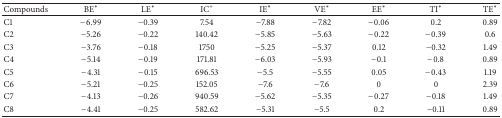
<table><thead><tr><td><b>Compounds</b></td><td><b>BE∗</b></td><td><b>LE∗</b></td><td><b>IC<sup>+</sup></b></td><td><b>IE∗</b></td><td><b>VE∗</b></td><td><b>EE∗</b></td><td><b>TI∗</b></td><td><b>TE∗</b></td></tr></thead><tbody><tr><td>C1</td><td>−6.99</td><td>−0.39</td><td>7.54</td><td>−7.88</td><td>−7.82</td><td>−0.06</td><td>0.2</td><td>0.89</td></tr><tr><td>C2</td><td>−5.26</td><td>−0.22</td><td>140.42</td><td>−5.85</td><td>−5.63</td><td>−0.22</td><td>−0.39</td><td>0.6</td></tr><tr><td>C3</td><td>−3.76</td><td>−0.18</td><td>1750</td><td>−5.25</td><td>−5.37</td><td>0.12</td><td>−0.32</td><td>1.49</td></tr><tr><td>C4</td><td>−5.14</td><td>−0.19</td><td>171.81</td><td>−6.03</td><td>−5.93</td><td>−0.1</td><td>−0.8</td><td>0.89</td></tr><tr><td>C5</td><td>−4.31</td><td>−0.15</td><td>696.53</td><td>−5.5</td><td>−5.55</td><td>0.05</td><td>−0.43</td><td>1.19</td></tr><tr><td>C6</td><td>−5.21</td><td>−0.25</td><td>152.05</td><td>−7.6</td><td>−7.6</td><td>0</td><td>0</td><td>2.39</td></tr><tr><td>C7</td><td>−4.13</td><td>−0.26</td><td>940.59</td><td>−5.62</td><td>−5.35</td><td>−0.27</td><td>−0.18</td><td>1.49</td></tr><tr><td>C8</td><td>−4.41</td><td>−0.25</td><td>582.62</td><td>−5.31</td><td>−5.5</td><td>0.2</td><td>−0.11</td><td>0.89</td></tr></tbody></table>